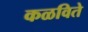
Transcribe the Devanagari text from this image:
कळविते